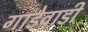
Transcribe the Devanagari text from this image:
गाडेवाडी